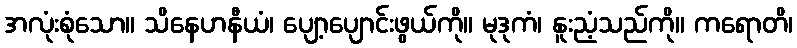
အလုံးစုံသော။ သိနေဟနီယံ၊ ပျော့ပျောင်းဖွယ်ကို။ မုဒုကံ၊ နူးညံ့သည်ကို။ ကရောတိ၊